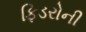
ફિડરોની